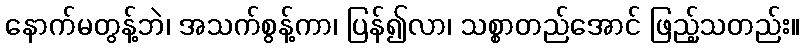
နောက်မတွန့်ဘဲ၊ အသက်စွန့်ကာ၊ ပြန်၍လာ၊ သစ္စာတည်အောင် ဖြည့်သတည်း။